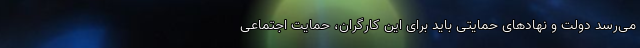
می‌رسد دولت و نهادهای حمایتی باید برای این کارگران، حمایت اجتماعی